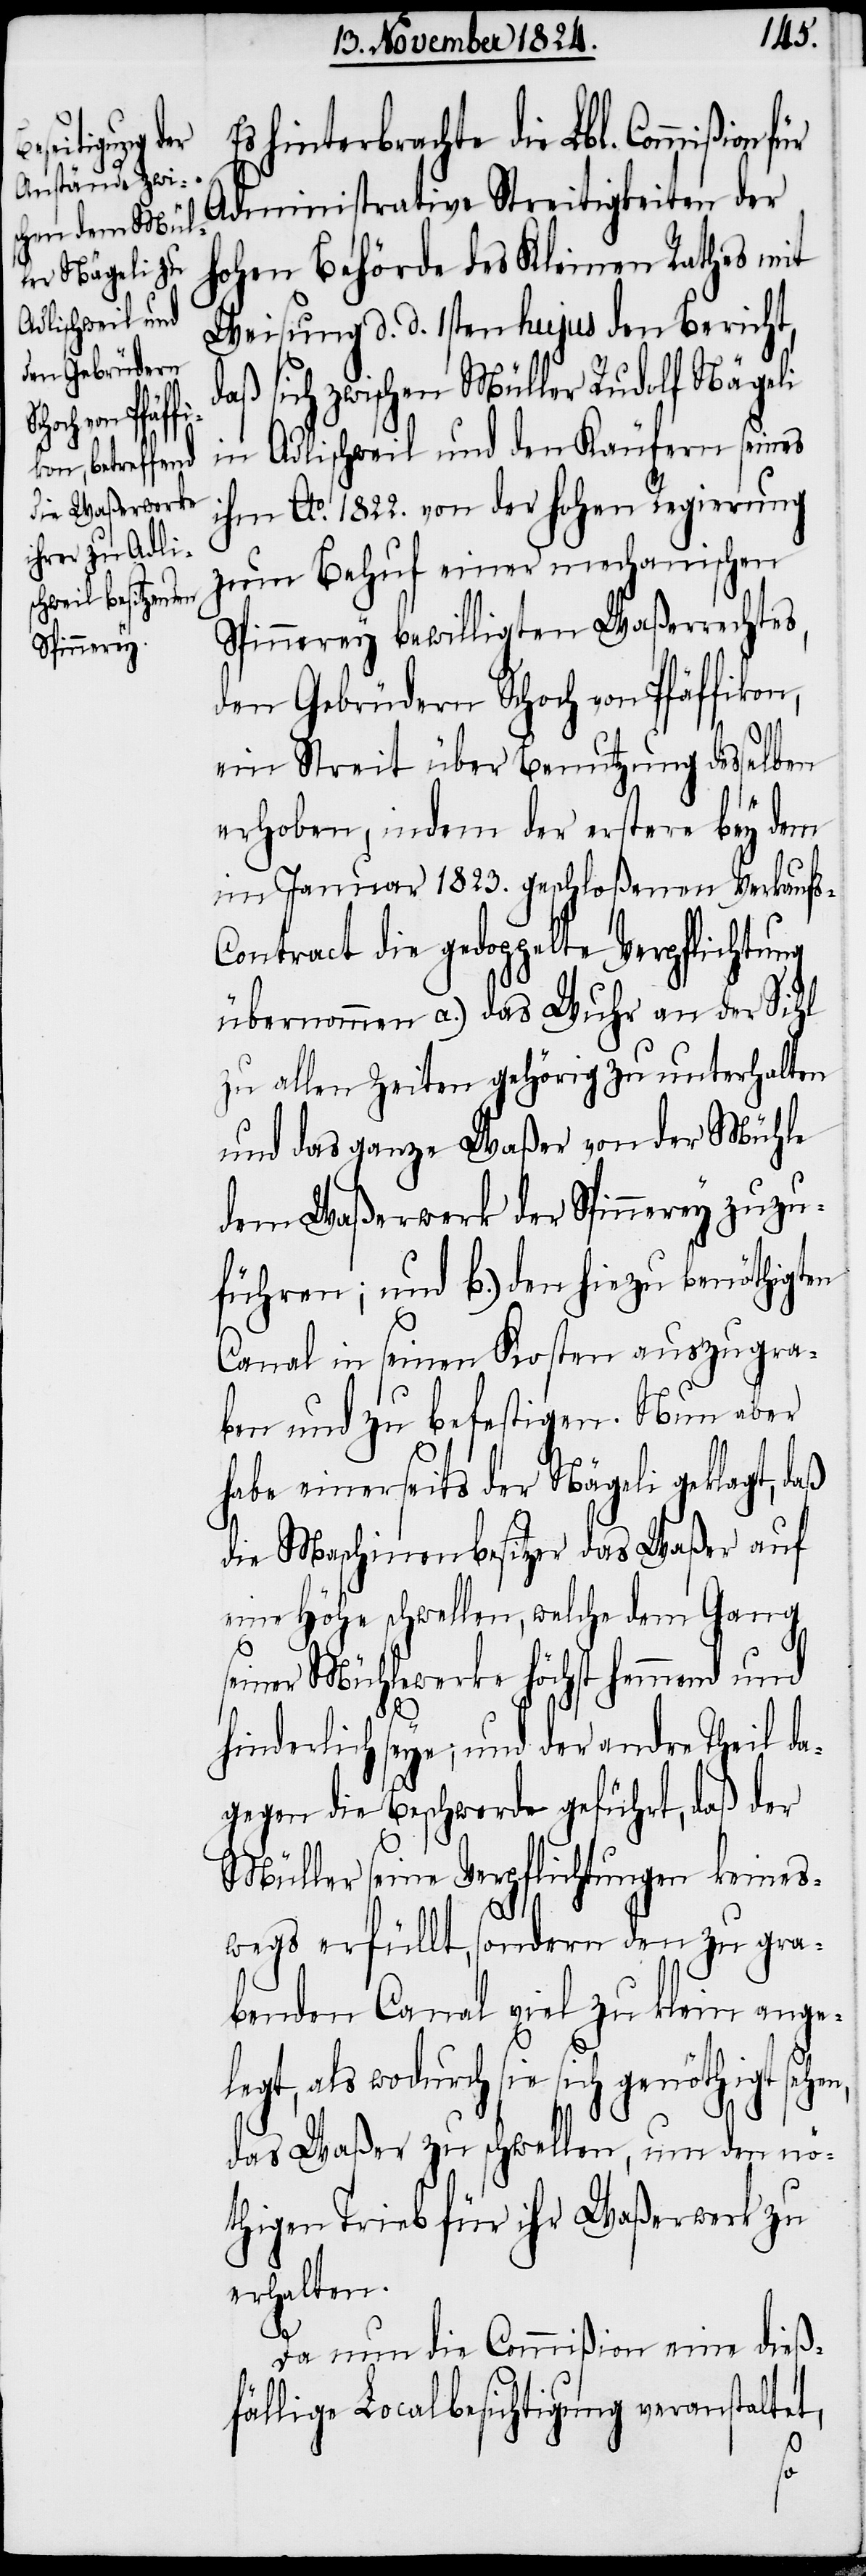
hinterbrachte die Lbl. Commißion
Administrative Streitigkeiten der
hohen Behörde des Kleinen Rathes mit
Weisung d. d. 1sten hujus den Bericht,
aß sich zwischen Müller Rudolf Nägeli
in Adlischweil und den Käufern seines
ihm Ao. 1822. von der hohen Regierung
zum Behuf einer mechanischen
Spinnerey bewilligten Waßerrechtes,
den Gebrüdern Schoch von Pfäffikon,
ein Streit über Benutzung desselben
erhoben, indem der erstere bey dem
im Januar 1823. geschloßenen Verkaufs-C¬
ontract die gedoppelte Verpflichtung
übernommen a.) das Wuhr an der Sihl
zu allen Zeiten gehörig zu unterhalten
und das ganze Waßer von der Mühle
dem Waßerwerk der Spinnerey zuzu¬
führen; und b.) den hiezu benöthigten
Canal in seinen Kosten auszugra¬
ben und zu befestigen. Nun aber
habe einerseits der Nägeli geklagt, daß
die Maschinenbesitzer das Waßer auf
eine Höhe schwellen, welche dem Gang
seiner Mühlwerke höchst hemmend und
hinderlich seye; und der andre Theil da¬
gegen die Beschwerde geführt, daß der
Müller seine Verpflichtungen keines¬
wegs erfüllt, sondern den zu gra¬
benden Canal viel zu klein ange¬
legt, als wodurch sie sich genöthigt seh¬
das Waßer zu schwellen, um den nö¬
thigen Trieb für ihr Waßerwerk zu
erhalten.
en,
Da nun die Commißion eine dieß¬
fällige Localbesichtigung veranstaltet,